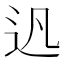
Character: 𨑙